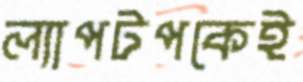
ল্যাপটপকেই